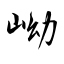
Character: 岰